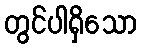
တွင်ပါရှိသော